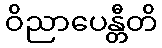
ဝိညာပေန္တီတိ